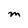
Character: M